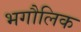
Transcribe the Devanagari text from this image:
भगौलिक